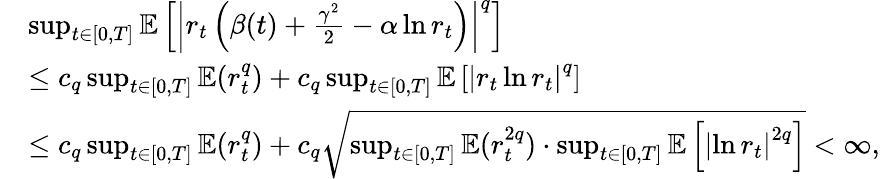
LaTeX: \begin{array}{rl}&{\operatorname*{sup}_{t\in[0,T]}\mathbb{E}\left[\left|r_{t}\left(\beta(t)+\frac{\gamma^{2}}{2}-\alpha\ln r_{t}\right)\right|^{q}\right]}\\ &{\leq c_{q}\operatorname*{sup}_{t\in[0,T]}\mathbb{E}(r_{t}^{q})+c_{q}\operatorname*{sup}_{t\in[0,T]}\mathbb{E}\left[\left|r_{t}\ln r_{t}\right|^{q}\right]}\\ &{\leq c_{q}\operatorname*{sup}_{t\in[0,T]}\mathbb{E}(r_{t}^{q})+c_{q}\sqrt{\operatorname*{sup}_{t\in[0,T]}\mathbb{E}(r_{t}^{2q})\cdot\operatorname*{sup}_{t\in[0,T]}\mathbb{E}\left[\left|\ln r_{t}\right|^{2q}\right]}<\infty,}\end{array}